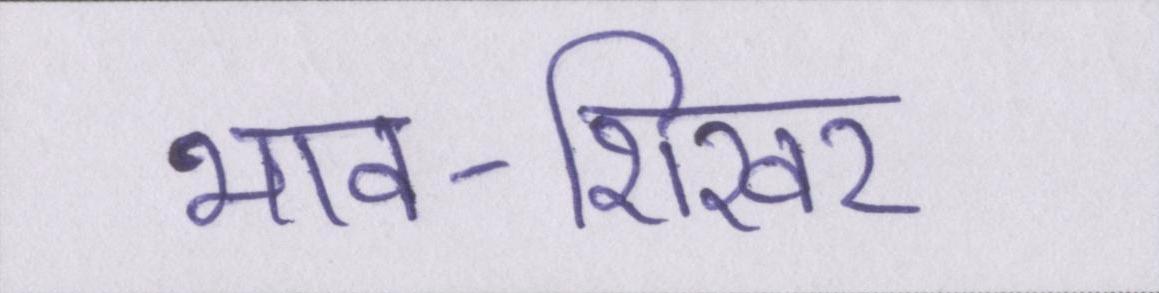
भाव-शिखर